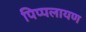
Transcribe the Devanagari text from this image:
पिप्पलायण